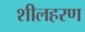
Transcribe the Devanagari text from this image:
शीलहरण